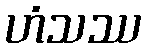
ဟံသဿ